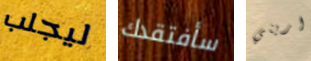
ليجلب سأفتقدك اريني